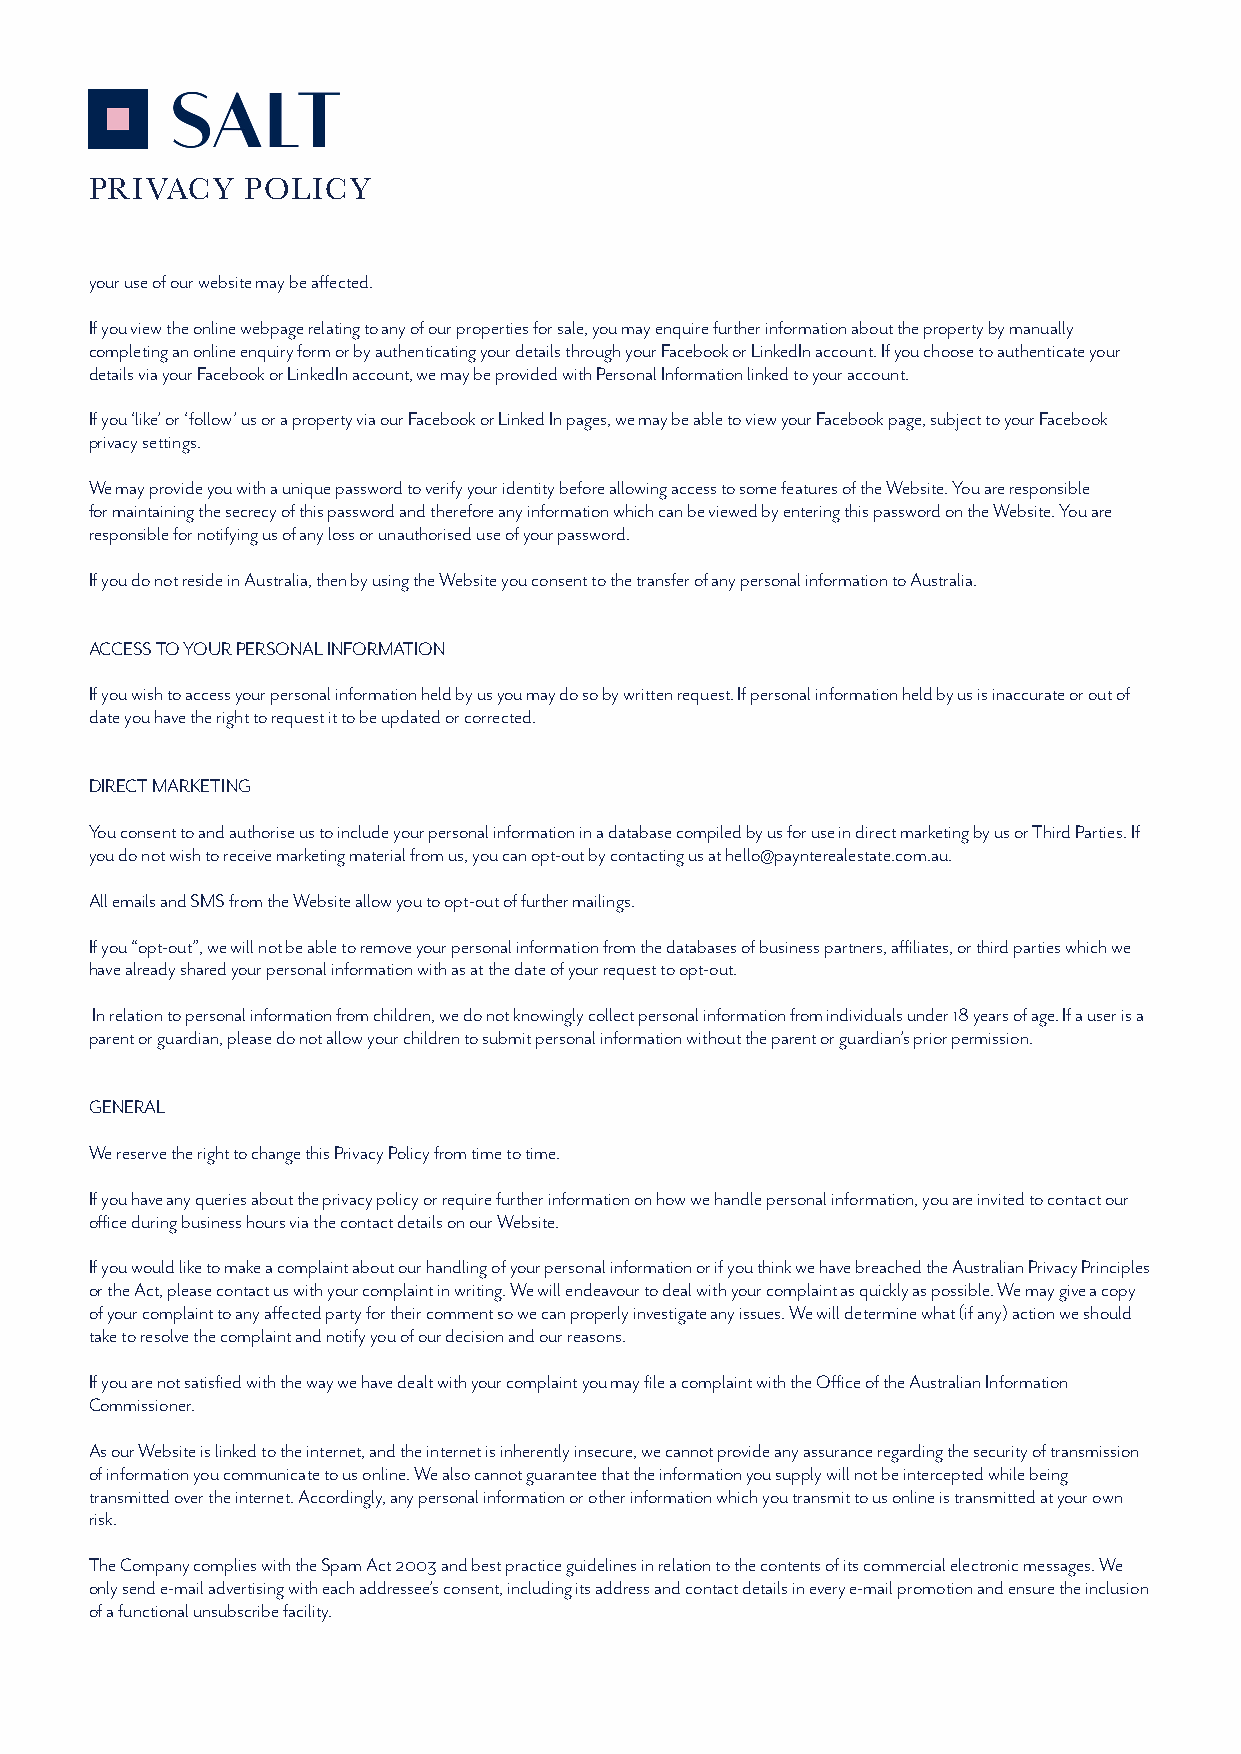
PRIVACY   POLICY
 your use of our website may be affected.
 If you view the online webpage relating to any of our properties for sale, you may enquire further information about the property by manually
 completing an online enquiry form or by authenticating your details through your Facebook or LinkedIn account. If you choose to authenticate your
 details via your Facebook or LinkedIn account, we may be provided with Personal Information linked to your account.
 If you ‘like’ or ‘follow’ us or a property via our Facebook or Linked In pages, we may be able to view your Facebook page, subject to your Facebook
 privacy settings.
 We may provide you with a unique password to verify your identity before allowing access to some features of the Website. You are responsible
 for maintaining the secrecy of this password and therefore any information which can be viewed by entering this password on the Website. You are
 responsible for notifying us of any loss or unauthorised use of your password.
 If you do not reside in Australia, then by using the Website you consent to the transfer of any personal information to Australia.
 ACCESS TO YOUR PERSONAL INFORMATION
 If you wish to access your personal information held by us you may do so by written request. If personal information held by us is inaccurate or out of
 date you have the right to request it to be updated or corrected.
 DIRECT MARKETING
 You consent to and authorise us to include your personal information in a database compiled by us for use in direct marketing by us or Third Parties. If
 you do not wish to receive marketing material from us, you can opt-out by contacting us at hello@paynterealestate.com.au.
 All emails and SMS from the Website allow you to opt-out of further mailings.
 If you “opt-out”, we will not be able to remove your personal information from the databases of business partners, affiliates, or third parties which we
 have already shared your personal information with as at the date of your request to opt-out.
 In relation to personal information from children, we do not knowingly collect personal information from individuals under 18 years of age. If a user is a
 parent or guardian, please do not allow your children to submit personal information without the parent or guardian’s prior permission.
 GENERAL
 We reserve the right to change this Privacy Policy from time to time.
 If you have any queries about the privacy policy or require further information on how we handle personal information, you are invited to contact our
 office during business hours via the contact details on our Website.
 If you would like to make a complaint about our handling of your personal information or if you think we have breached the Australian Privacy Principles
 or the Act, please contact us with your complaint in writing. We will endeavour to deal with your complaint as quickly as possible. We may give a copy
 of your complaint to any affected party for their comment so we can properly investigate any issues. We will determine what (if any) action we should
 take to resolve the complaint and notify you of our decision and our reasons.
 If you are not satisfied with the way we have dealt with your complaint you may file a complaint with the Office of the Australian Information
 Commissioner.
 As our Website is linked to the internet, and the internet is inherently insecure, we cannot provide any assurance regarding the security of transmission
 of information you communicate to us online. We also cannot guarantee that the information you supply will not be intercepted while being
 transmitted over the internet. Accordingly, any personal information or other information which you transmit to us online is transmitted at your own
 risk.
 The Company complies with the Spam Act 2003 and best practice guidelines in relation to the contents of its commercial electronic messages. We
 only send e-mail advertising with each addressee’s consent, including its address and contact details in every e-mail promotion and ensure the inclusion
 of a functional unsubscribe facility.